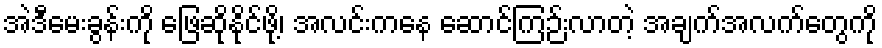
အဲဒီမေးခွန်းကို ဖြေဆိုနိုင်ဖို့၊ အလင်းကနေ ဆောင်ကြဉ်းလာတဲ့ အချက်အလက်တွေကို